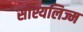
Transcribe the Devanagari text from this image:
सोश्यलिज्म